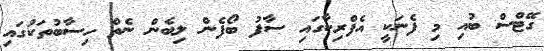
ގޭޓްސް ބުއި މި ފެނަކީ އެފްރިކާގައި ސާފު ބޯފެން ލިބެން ނެތް ހިސާބުތަކުގައި